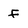
Character: F